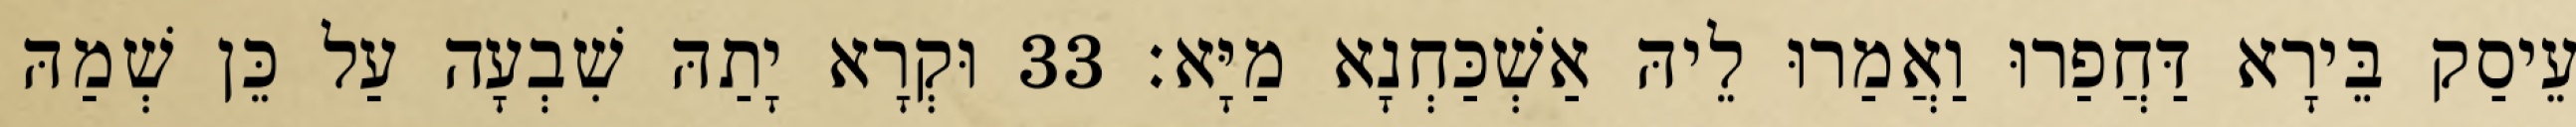
עֵיסַק בֵּירָא דַּחֲפַרוּ וַאֲמַרוּ לֵיהּ אַשְׁכַּחְנָא מַיָּא׃ 33 וּקְרָא יָתַהּ שִׁבְעָה עַל כֵּן שְׁמַהּ